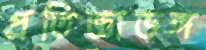
প্রতিজ্ঞাভঙ্গ